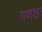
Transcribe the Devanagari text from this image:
गणशः